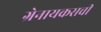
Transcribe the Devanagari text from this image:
ग्रेनायकसची